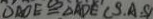
\Delta A O E \cong \Delta A D E ( S . A . S )